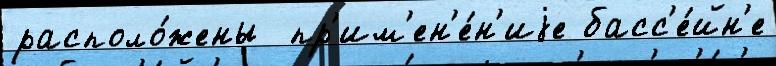
располо́жены  пр'им'ен'е́н'иjе басс'е́йн'е